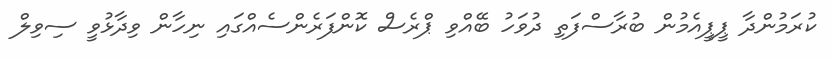
ކުރަމުންދާ ޕީޕީއެމުން ބުރާސްފަތި ދުވަހު ބޭއްވި ޕްރެސް ކޮންފަރެންސެއްގައި ނިހާން ވިދާޅުވީ ސިވިލް